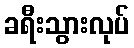
ခရီးသွားလုပ်